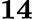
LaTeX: \mathbf{14}